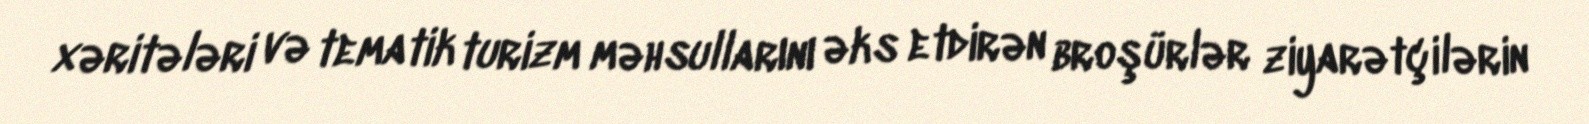
xəritələri və tematik turizm məhsullarını əks etdirən broşürlər ziyarətçilərin